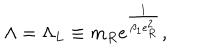
\Lambda = \Lambda _ { L } \equiv m _ { R } \mathrm { e } ^ { \frac { 1 } { \beta _ { 1 } e _ { R } ^ { 2 } } } ,